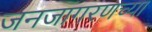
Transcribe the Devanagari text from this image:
जनजागरणच्या